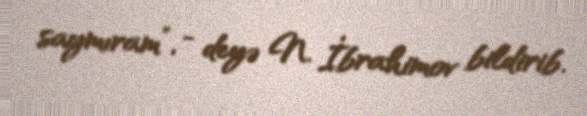
saymıram”, - deyə N. İbrahimov bildirib.